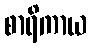
စာရိကာယ